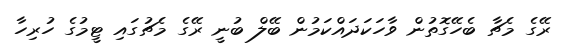
ރޭގެ މެޗާ ބެހޭގޮތުން ވާހަކަދައްކަމުން ބޭލް ބުނީ ރޭގެ މެޗުގައި ޓީމުގެ ހުރިހާ